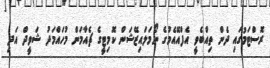
ރޮސްޓަމުގައި ދެން ތިއްބެވީ އެފްއޭއެމުގެ ނޯމަލައިޒޭޝަން ކޮމިޓީގެ ޗެއާމަން މުހައްމަދު ޝަވީދް އަދި